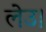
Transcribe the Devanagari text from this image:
लेउ।